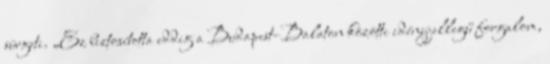
sürgeti. „Ez biztosította eddig a Budapest–Balaton közötti idényjellegű forgalom,